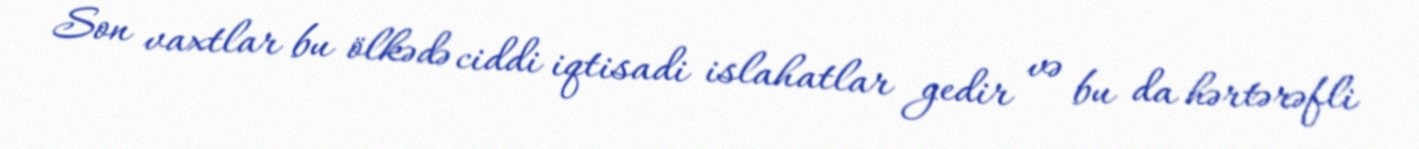
Son vaxtlar bu ölkədə ciddi iqtisadi islahatlar gedir və bu da hərtərəfli